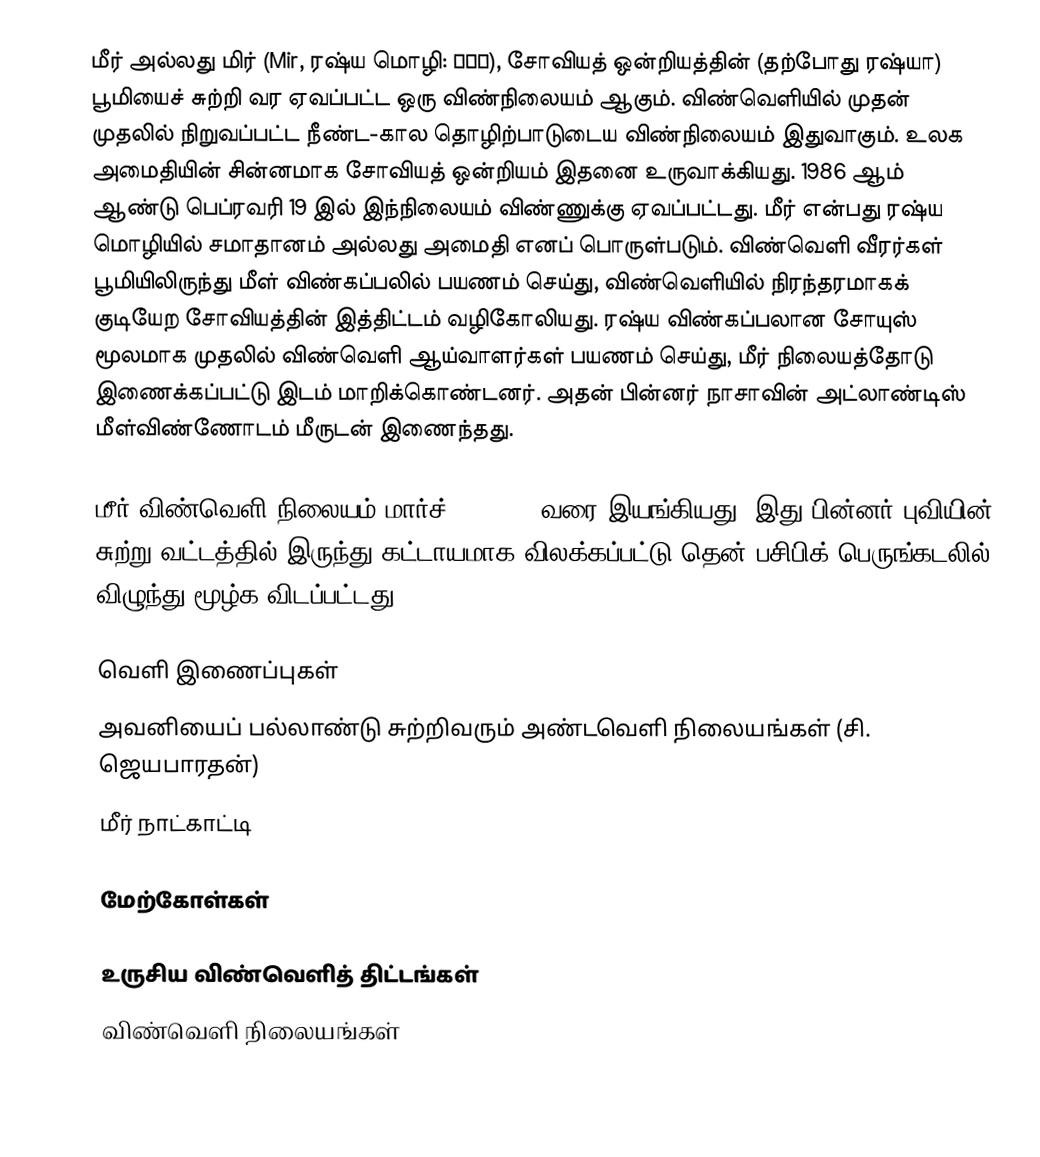
மீர் அல்லது மிர் (Mir, ரஷ்ய மொழி: Мир), சோவியத் ஒன்றியத்தின் (தற்போது ரஷ்யா) பூமியைச் சுற்றி வர ஏவப்பட்ட ஒரு விண்நிலையம் ஆகும். விண்வெளியில் முதன் முதலில் நிறுவப்பட்ட நீண்ட-கால தொழிற்பாடுடைய விண்நிலையம் இதுவாகும். உலக அமைதியின் சின்னமாக சோவியத் ஒன்றியம் இதனை உருவாக்கியது. 1986 ஆம் ஆண்டு பெப்ரவரி 19 இல் இந்நிலையம் விண்ணுக்கு ஏவப்பட்டது. மீர் என்பது ரஷ்ய மொழியில் சமாதானம் அல்லது அமைதி எனப் பொருள்படும். விண்வெளி வீரர்கள் பூமியிலிருந்து மீள் விண்கப்பலில் பயணம் செய்து, விண்வெளியில் நிரந்தரமாகக் குடியேற சோவியத்தின் இத்திட்டம் வழிகோலியது. ரஷ்ய விண்கப்பலான சோயுஸ் மூலமாக முதலில் விண்வெளி ஆய்வாளர்கள் பயணம் செய்து, மீர் நிலையத்தோடு இணைக்கப்பட்டு இடம் மாறிக்கொண்டனர். அதன் பின்னர் நாசாவின் அட்லாண்டிஸ் மீள்விண்ணோடம் மீருடன் இணைந்தது.

மீர் விண்வெளி நிலையம் மார்ச் 23, 2001 வரை இயங்கியது. இது பின்னர் புவியின் சுற்று வட்டத்தில் இருந்து கட்டாயமாக விலக்கப்பட்டு தென் பசிபிக் பெருங்கடலில் விழுந்து மூழ்க விடப்பட்டது.

வெளி இணைப்புகள்
 அவனியைப் பல்லாண்டு சுற்றிவரும் அண்டவெளி நிலையங்கள் (சி. ஜெயபாரதன்)
 மீர் நாட்காட்டி

மேற்கோள்கள்

உருசிய விண்வெளித் திட்டங்கள்
விண்வெளி நிலையங்கள்